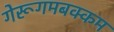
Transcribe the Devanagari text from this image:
गेरूगमबक्कम